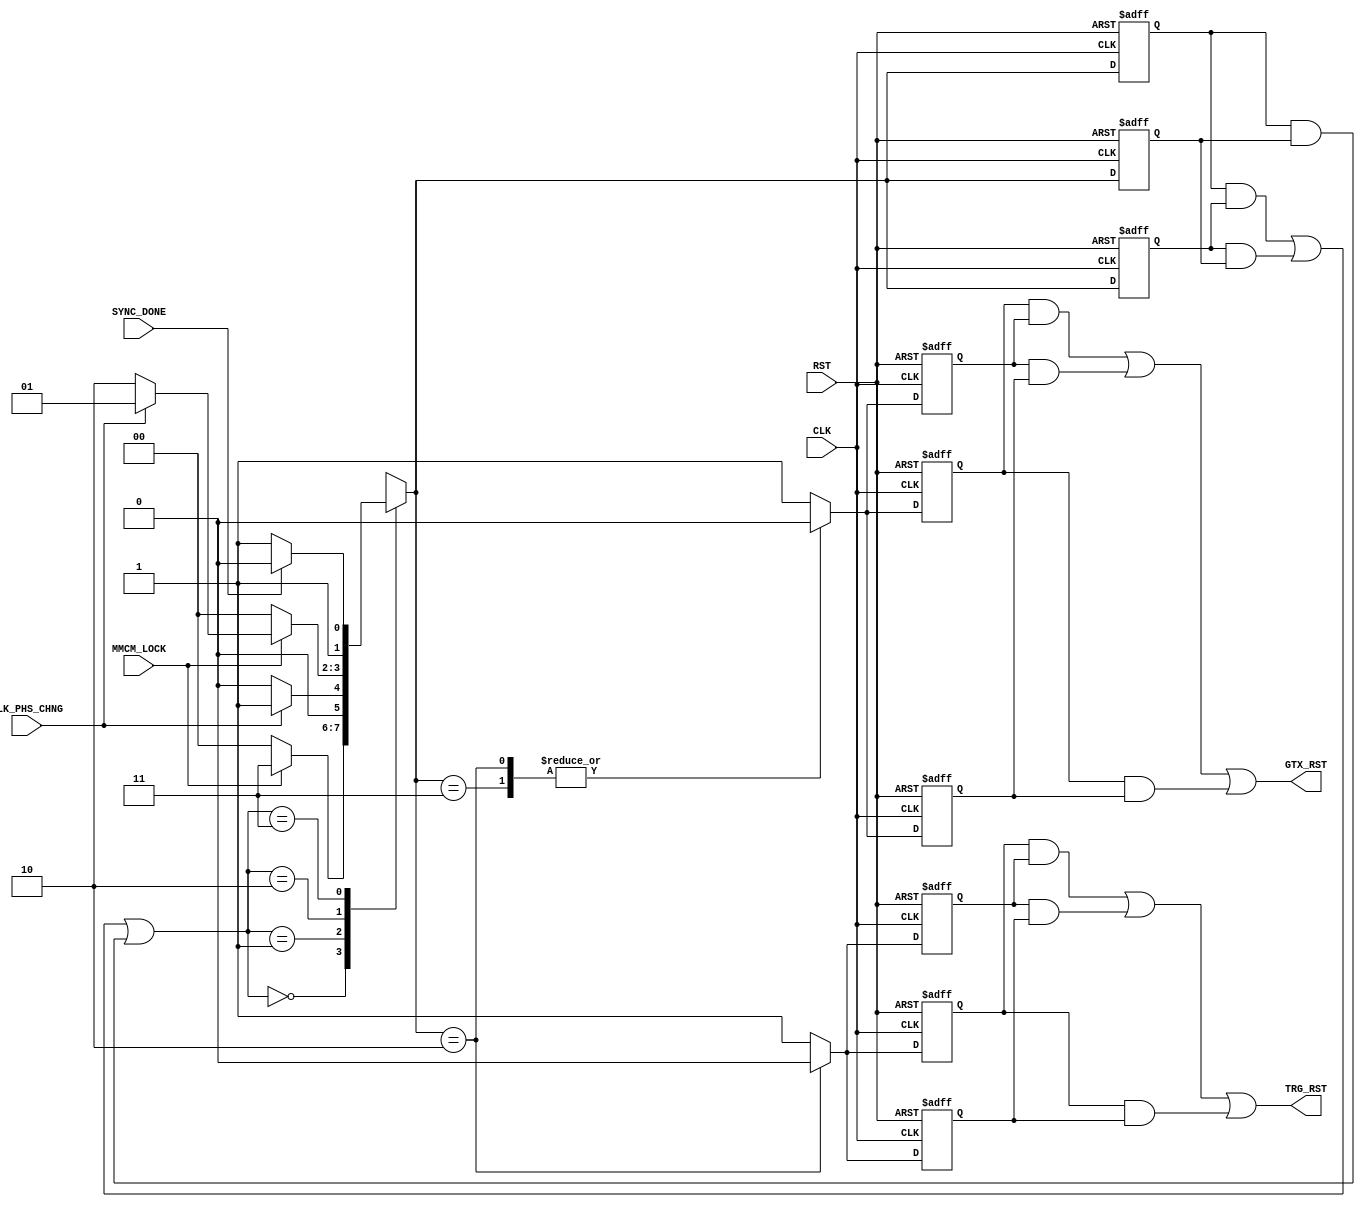

// Created by fizzim_tmr.pl version $Revision: 4.44 on 2014:08:26 at 14:51:44 (www.fizzim.com)

module Trg_Clock_Strt_FSM_TMR (
  output GTX_RST,
  output TRG_RST,
  input CLK,
  input CLK_PHS_CHNG,
  input MMCM_LOCK,
  input RST,
  input SYNC_DONE 
);

  // state bits
  parameter 
  GTX_Idle     = 2'b00, 
  Clk_Phs_Chng = 2'b01, 
  Clk_Run      = 2'b10, 
  W4TxSync     = 2'b11; 

  (* syn_preserve = "true" *) reg [1:0] state_1;
  (* syn_preserve = "true" *) reg [1:0] state_2;
  (* syn_preserve = "true" *) reg [1:0] state_3;

  (* syn_keep = "true" *) wire [1:0] voted_state_1;
  (* syn_keep = "true" *) wire [1:0] voted_state_2;
  (* syn_keep = "true" *) wire [1:0] voted_state_3;

  assign voted_state_1   = (state_1   & state_2  ) | (state_2   & state_3  ) | (state_1   & state_3  ); // Majority logic
  assign voted_state_2   = (state_1   & state_2  ) | (state_2   & state_3  ) | (state_1   & state_3  ); // Majority logic
  assign voted_state_3   = (state_1   & state_2  ) | (state_2   & state_3  ) | (state_1   & state_3  ); // Majority logic

  (* syn_keep = "true" *) reg [1:0] nextstate_1;
  (* syn_keep = "true" *) reg [1:0] nextstate_2;
  (* syn_keep = "true" *) reg [1:0] nextstate_3;

  (* syn_preserve = "true" *)  reg GTX_RST_1;
  (* syn_preserve = "true" *)  reg GTX_RST_2;
  (* syn_preserve = "true" *)  reg GTX_RST_3;
  (* syn_preserve = "true" *)  reg TRG_RST_1;
  (* syn_preserve = "true" *)  reg TRG_RST_2;
  (* syn_preserve = "true" *)  reg TRG_RST_3;

  // Assignment of outputs and flags to voted majority logic of replicated registers
  assign GTX_RST = (GTX_RST_1 & GTX_RST_2) | (GTX_RST_2 & GTX_RST_3) | (GTX_RST_1 & GTX_RST_3); // Majority logic
  assign TRG_RST = (TRG_RST_1 & TRG_RST_2) | (TRG_RST_2 & TRG_RST_3) | (TRG_RST_1 & TRG_RST_3); // Majority logic

  // Assignment of error detection logic to replicated signals

  // comb always block
  always @* begin
    nextstate_1 = 2'bxx; // default to x because default_state_is_x is set
    nextstate_2 = 2'bxx; // default to x because default_state_is_x is set
    nextstate_3 = 2'bxx; // default to x because default_state_is_x is set
    case (voted_state_1)
      GTX_Idle    : if      (MMCM_LOCK)      nextstate_1 = W4TxSync;
                    else                     nextstate_1 = GTX_Idle;
      Clk_Phs_Chng: if      (!CLK_PHS_CHNG)  nextstate_1 = GTX_Idle;
                    else                     nextstate_1 = Clk_Phs_Chng;
      Clk_Run     : if      (!MMCM_LOCK)     nextstate_1 = GTX_Idle;
                    else if (CLK_PHS_CHNG)   nextstate_1 = Clk_Phs_Chng;
                    else                     nextstate_1 = Clk_Run;
      W4TxSync    : if      (SYNC_DONE)      nextstate_1 = Clk_Run;
                    else                     nextstate_1 = W4TxSync;
    endcase
    case (voted_state_2)
      GTX_Idle    : if      (MMCM_LOCK)      nextstate_2 = W4TxSync;
                    else                     nextstate_2 = GTX_Idle;
      Clk_Phs_Chng: if      (!CLK_PHS_CHNG)  nextstate_2 = GTX_Idle;
                    else                     nextstate_2 = Clk_Phs_Chng;
      Clk_Run     : if      (!MMCM_LOCK)     nextstate_2 = GTX_Idle;
                    else if (CLK_PHS_CHNG)   nextstate_2 = Clk_Phs_Chng;
                    else                     nextstate_2 = Clk_Run;
      W4TxSync    : if      (SYNC_DONE)      nextstate_2 = Clk_Run;
                    else                     nextstate_2 = W4TxSync;
    endcase
    case (voted_state_3)
      GTX_Idle    : if      (MMCM_LOCK)      nextstate_3 = W4TxSync;
                    else                     nextstate_3 = GTX_Idle;
      Clk_Phs_Chng: if      (!CLK_PHS_CHNG)  nextstate_3 = GTX_Idle;
                    else                     nextstate_3 = Clk_Phs_Chng;
      Clk_Run     : if      (!MMCM_LOCK)     nextstate_3 = GTX_Idle;
                    else if (CLK_PHS_CHNG)   nextstate_3 = Clk_Phs_Chng;
                    else                     nextstate_3 = Clk_Run;
      W4TxSync    : if      (SYNC_DONE)      nextstate_3 = Clk_Run;
                    else                     nextstate_3 = W4TxSync;
    endcase
  end

  // Assign reg'd outputs to state bits

  // sequential always block
  always @(posedge CLK or posedge RST) begin
    if (RST) begin
      state_1 <= GTX_Idle;
      state_2 <= GTX_Idle;
      state_3 <= GTX_Idle;
    end
    else begin
      state_1 <= nextstate_1;
      state_2 <= nextstate_2;
      state_3 <= nextstate_3;
    end
  end

  // datapath sequential always block
  always @(posedge CLK or posedge RST) begin
    if (RST) begin
      GTX_RST_1 <= 1;
      GTX_RST_2 <= 1;
      GTX_RST_3 <= 1;
      TRG_RST_1 <= 1;
      TRG_RST_2 <= 1;
      TRG_RST_3 <= 1;
    end
    else begin
      GTX_RST_1 <= 1; // default
      GTX_RST_2 <= 1; // default
      GTX_RST_3 <= 1; // default
      TRG_RST_1 <= 1; // default
      TRG_RST_2 <= 1; // default
      TRG_RST_3 <= 1; // default
      case (nextstate_1)
        Clk_Run     : begin
                             GTX_RST_1 <= 0;
                             TRG_RST_1 <= 0;
        end
        W4TxSync    :        GTX_RST_1 <= 0;
      endcase
      case (nextstate_2)
        Clk_Run     : begin
                             GTX_RST_2 <= 0;
                             TRG_RST_2 <= 0;
        end
        W4TxSync    :        GTX_RST_2 <= 0;
      endcase
      case (nextstate_3)
        Clk_Run     : begin
                             GTX_RST_3 <= 0;
                             TRG_RST_3 <= 0;
        end
        W4TxSync    :        GTX_RST_3 <= 0;
      endcase
    end
  end

  // This code allows you to see state names in simulation
  `ifndef SYNTHESIS
  reg [95:0] statename;
  always @* begin
    case (state_1)
      GTX_Idle    : statename = "GTX_Idle";
      Clk_Phs_Chng: statename = "Clk_Phs_Chng";
      Clk_Run     : statename = "Clk_Run";
      W4TxSync    : statename = "W4TxSync";
      default     : statename = "XXXXXXXXXXXX";
    endcase
  end
  `endif

endmodule